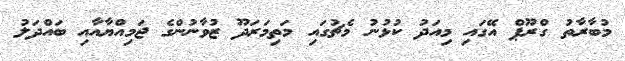
މުބާރާތު ގްރޫޕް އޭގައި މިއަދު ކުޅުނު މެޗުގައި މަތިމަރަދޫ ޒުވާނުންގެ ޖަމިއްޔާއާއި ބައްދަލު